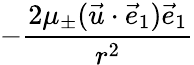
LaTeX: -\frac{2\mu_{\pm}(\vec{u}\cdot\vec{e}_{1})\vec{e}_{1}}{r^{2}}